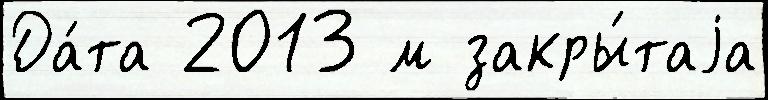
Да́та 2013 м закры́таjа